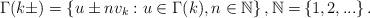
LaTeX: \begin{align*}\Gamma(k\pm)=\left\{ u\pm nv_{k}:u\in\Gamma(k),n\in\mathbb{N}\right\},\mathbb{N=}\left\{ 1,2,...\right\} .\end{align*}